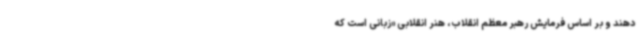
دهند و بر اساس فرمایش رهبر معظم انقلاب، هنر انقلابی «زبانی است که